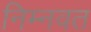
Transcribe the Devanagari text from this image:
निम्‍नवत